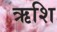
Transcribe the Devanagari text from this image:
ऋशि